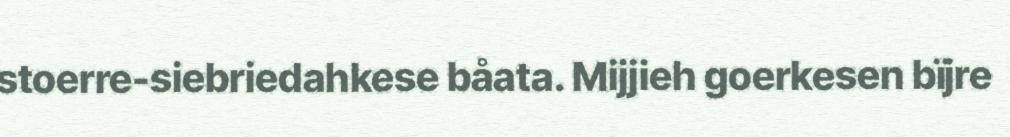
stoerre-siebriedahkese båata. Mijjieh goerkesen bïjre